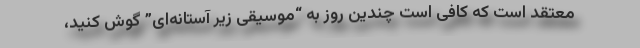
معتقد است که کافی است چندین روز به “موسیقی زیر آستانه‌ای” گوش کنید،